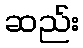
ဆည်း